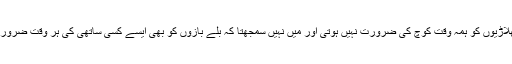
گالف کے کھلاڑیوں کو ہمہ وقت کوچ کی ضرورت نہیں ہوتی اور میں نہیں سمجھتا کہ بلے بازوں کو بھی ایسے کسی ساتھی کی ہر وقت ضرورت رہتی ہے۔